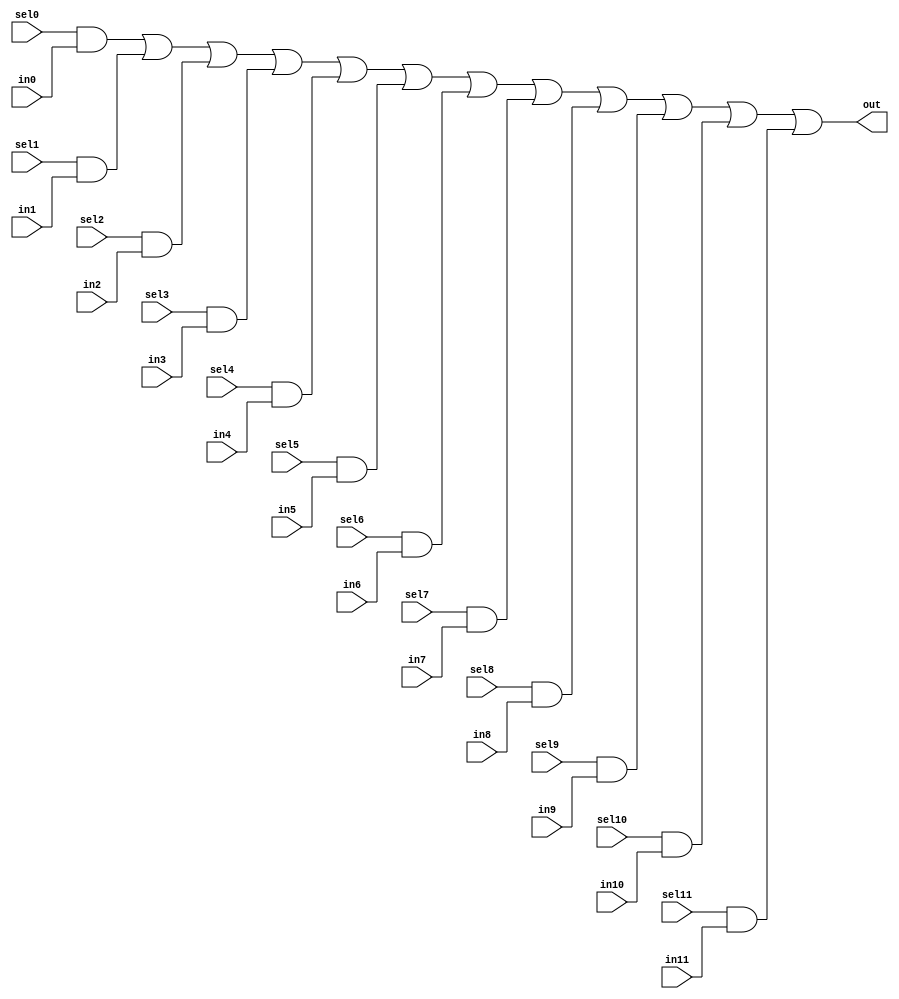
module oh_mux12 #(parameter DW = 1 ) // width of mux
   (
     input 	     sel11,
     input 	     sel10,
     input 	     sel9,
     input 	     sel8,
     input 	     sel7,
     input 	     sel6,
     input 	     sel5,
     input 	     sel4,
     input 	     sel3,
     input 	     sel2,
     input 	     sel1,
     input 	     sel0,
     input [DW-1:0]  in11,
     input [DW-1:0]  in10,
     input [DW-1:0]  in9, 
     input [DW-1:0]  in8,
     input [DW-1:0]  in7,
     input [DW-1:0]  in6,
     input [DW-1:0]  in5,
     input [DW-1:0]  in4,
     input [DW-1:0]  in3,
     input [DW-1:0]  in2,
     input [DW-1:0]  in1,
     input [DW-1:0]  in0,   
     output [DW-1:0] out  //selected data output
    );
		   
   assign out[DW-1:0] = ({(DW){sel0}}  & in0[DW-1:0] |
			 {(DW){sel1}}  & in1[DW-1:0] |
			 {(DW){sel2}}  & in2[DW-1:0] |
			 {(DW){sel3}}  & in3[DW-1:0] |
			 {(DW){sel4}}  & in4[DW-1:0] |
			 {(DW){sel5}}  & in5[DW-1:0] |
			 {(DW){sel6}}  & in6[DW-1:0] |
			 {(DW){sel7}}  & in7[DW-1:0] |
			 {(DW){sel8}}  & in8[DW-1:0] |
			 {(DW){sel9}}  & in9[DW-1:0] |
			 {(DW){sel10}} & in10[DW-1:0] |
			 {(DW){sel11}} & in11[DW-1:0]);
      
endmodule